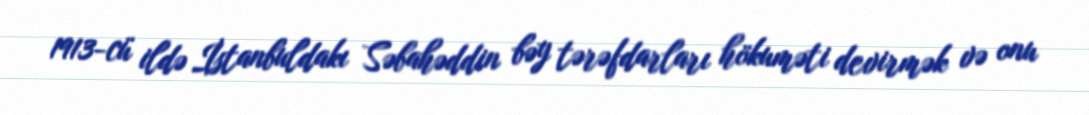
1913-cü ildə İstanbuldakı Səbahəddin bəy tərəfdarları hökuməti devirmək və onu